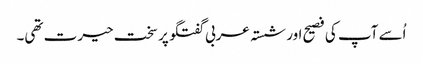
اُسے آپ کی فصیح اور شستہ عربی گفتگو پر سخت حیرت تھی۔